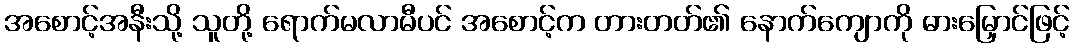
အစောင့်အနီးသို့ သူတို့ ရောက်မလာမီပင် အစောင့်က တားတတ်၏ နောက်ကျောကို ဓားမြှောင်ဖြင့်